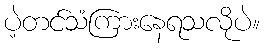
ပဲ့တင်သံကြားနေရသလိုပဲ။